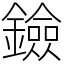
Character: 鐱